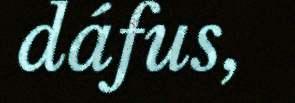
dáfus,